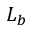
L _ { b }